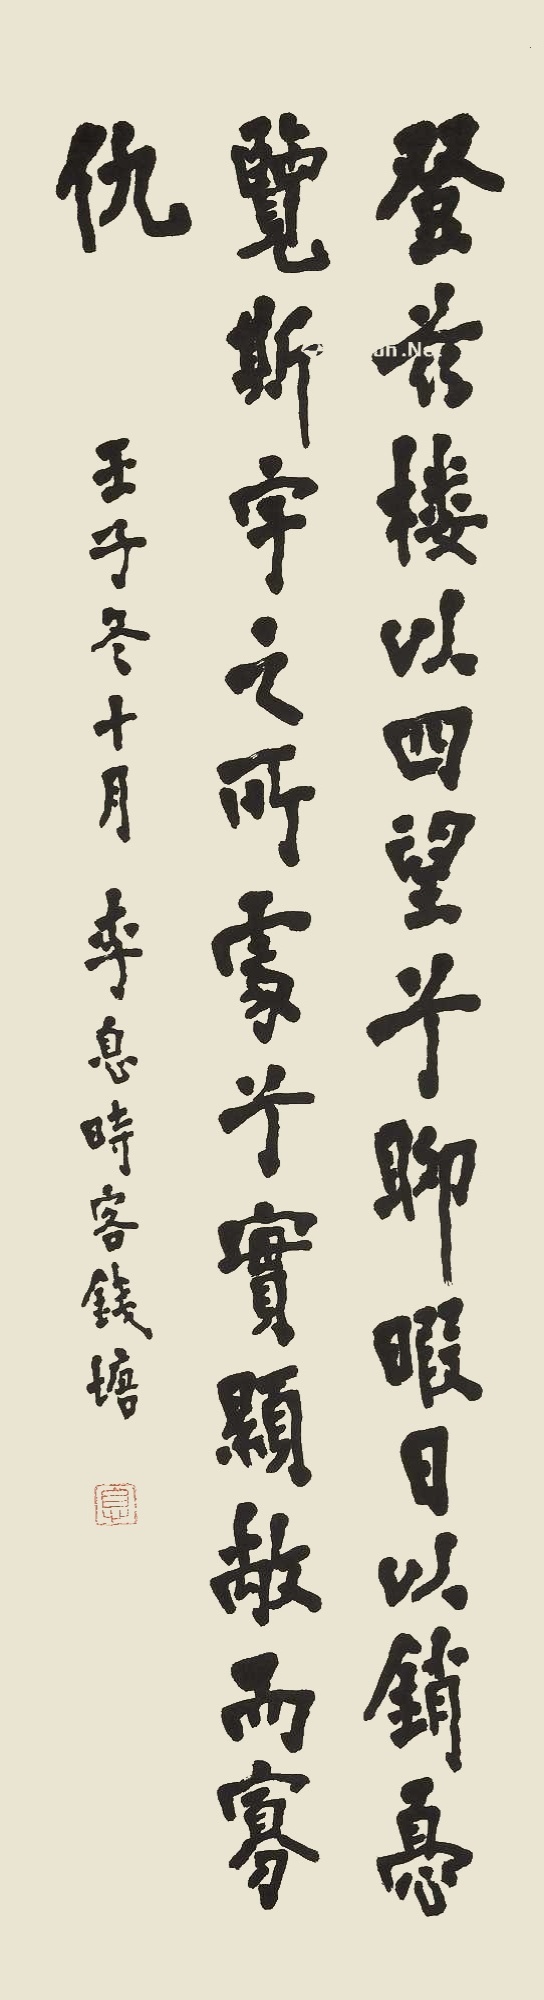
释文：登兹楼以四望兮，聊暇日以销忧。览斯宇之所处兮，实显敞而寡仇。壬子冬十月，李息时客钱塘。